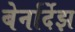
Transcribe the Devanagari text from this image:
बेर्नार्देझ